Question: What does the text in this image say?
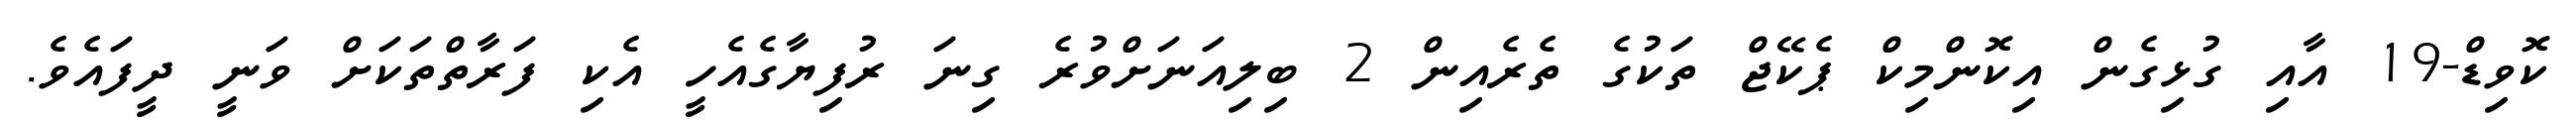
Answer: ކޮވިޑް-19 އާއި ގުޅިގެން އިކޮންމިކް ޕެކޭޖް ތަކުގެ ތެރެއިން 2 ބިލިއަނަށްވުރެ ގިނަ ރުފިޔާގެއެހީ އެކި ފަރާތްތަކަށް ވަނީ ދީފައެވެ.